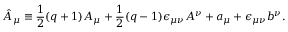
\hat { A } _ { \mu } \equiv \frac { 1 } { 2 } ( q + 1 ) A _ { \mu } + \frac { 1 } { 2 } ( q - 1 ) \epsilon _ { \mu \nu } A ^ { \nu } + a _ { \mu } + \epsilon _ { \mu \nu } b ^ { \nu } .